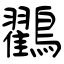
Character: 鸐